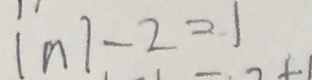
\vert n \vert - 2 = 1